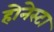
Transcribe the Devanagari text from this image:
होनेस्टा